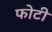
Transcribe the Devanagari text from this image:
फोटी